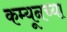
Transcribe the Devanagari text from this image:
कम्यूनच्या